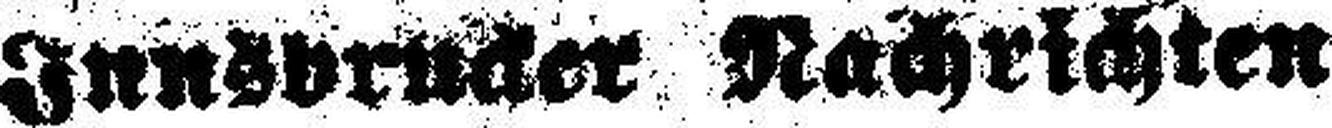
Innsbrucker Nachrichten